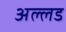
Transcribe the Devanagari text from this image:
अल्लड